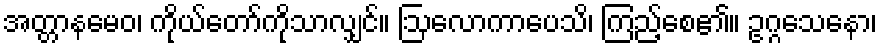
အတ္တာနမေဝ၊ ကိုယ်တော်ကိုသာလျှင်။ ဩလောကာပေသိ၊ ကြည့်စေ၏။ ဥဂ္ဂသေနော၊